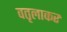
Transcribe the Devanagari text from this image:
वतृलाकर